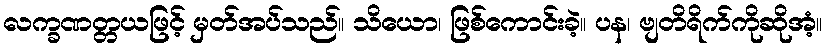
လက္ခဏတ္တယဖြင့် မှတ်အပ်သည်။ သိယော၊ ဖြစ်ကောင်းခဲ့။ ပန၊ ဗျတိရိက်ကိုဆိုအံ့။